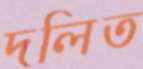
দলিত